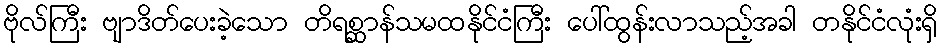
ဗိုလ်ကြီး ဗျာဒိတ်ပေးခဲ့သော တိရစ္ဆာန်သမထနိုင်ငံကြီး ပေါ်ထွန်းလာသည့်အခါ တနိုင်ငံလုံးရှိ